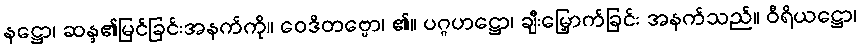
နဋ္ဌော၊ ဆန္ဒ၏မြင်ခြင်းအနက်ကို။ ဝေဒိတဗ္ဗော၊ ၏။ ပဂ္ဂဟဋ္ဌော၊ ချီးမြှောက်ခြင်း အနက်သည်။ ဝီရိယဋ္ဌော၊